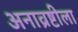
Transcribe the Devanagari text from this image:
अनाव्रष्टीला